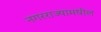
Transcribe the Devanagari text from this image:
नगरराज्यामधील